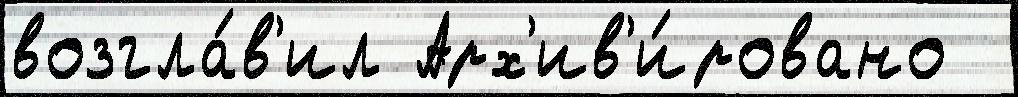
возгла́в'ил Арх'ив'и́ровано